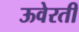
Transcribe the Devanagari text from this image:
ऊवेरती